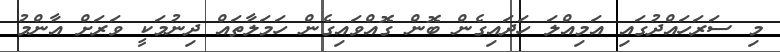
މި ސަރަހައްދުގައި އަމިއްލަ ހަދައިގެން ބޮން ގޮއްވައިގެން ހަމަލާތައް ދިނުމަކީ ވަރަށް އާންމު